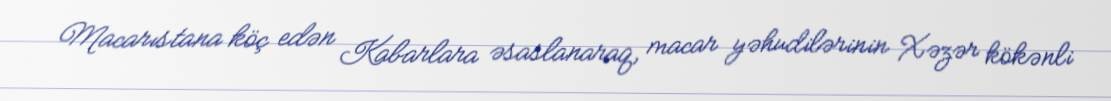
Macarıstana köç edən Kabarlara əsaslanaraq, macar yəhudilərinin Xəzər kökənli